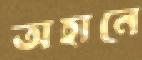
অহানে